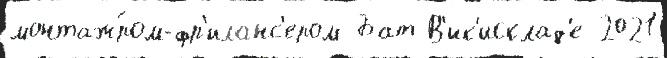
монтаж́ром-фр'иланс'ером Бат В'ик'исклад'е 2021